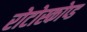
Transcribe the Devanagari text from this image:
रोटोस्कोप्ड